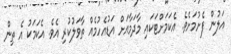
އަލުން ފެށުމަށެވެ. އެކަމަށްޓަކައި މާދަމާއަށް އަޑުއެހުމެއް ތާވަލުކުރި އެވެ. އެކަމަކު އެ ތިން